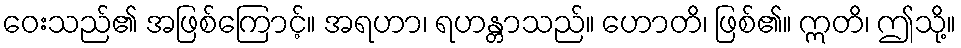
ဝေးသည်၏ အဖြစ်ကြောင့်။ အရဟာ၊ ရဟန္တာသည်။ ဟောတိ၊ ဖြစ်၏။ ဣတိ၊ ဤသို့။